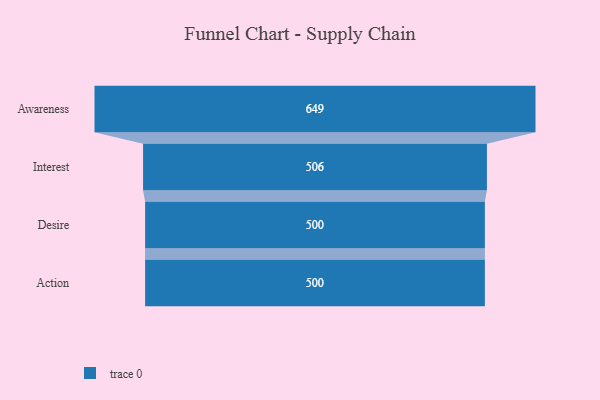
{"axis": {"x": "Stage", "y": "Value"}, "legend": [""], "data": [{"x": "Awareness", "y": 649.0, "type": ""}, {"x": "Interest", "y": 506.0, "type": ""}, {"x": "Desire", "y": 500, "type": ""}, {"x": "Action", "y": 500, "type": ""}]}